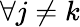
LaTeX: \forall j\neq k